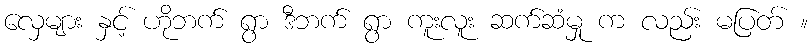
လှေများ နှင့် ဟိုဘက် ရွာ ဒီဘက် ရွာ ကူးလူး ဆက်ဆံမှု က လည်း မပြတ် ။